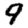
Digit: 9